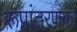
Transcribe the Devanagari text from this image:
रूपांतरणको